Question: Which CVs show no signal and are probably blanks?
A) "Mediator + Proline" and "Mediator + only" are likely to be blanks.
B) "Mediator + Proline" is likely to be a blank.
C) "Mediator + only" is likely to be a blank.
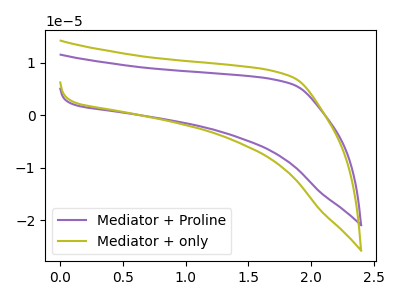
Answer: <think>The purple curve "Mediator + Proline" has no peaks. The olive curve "Mediator + only" has no peaks.</think>
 <answer>A) "Mediator + Proline" and "Mediator + only" are likely to be blanks.</answer>
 <eval>A</eval>